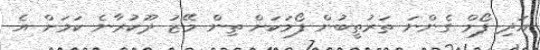
އަދި ފޯމް ގެންނަ ތަރުތީބުން ފޯމަކަށް ތިން މޭޒު ދޫކުރާނެ ކަމަށް އެ